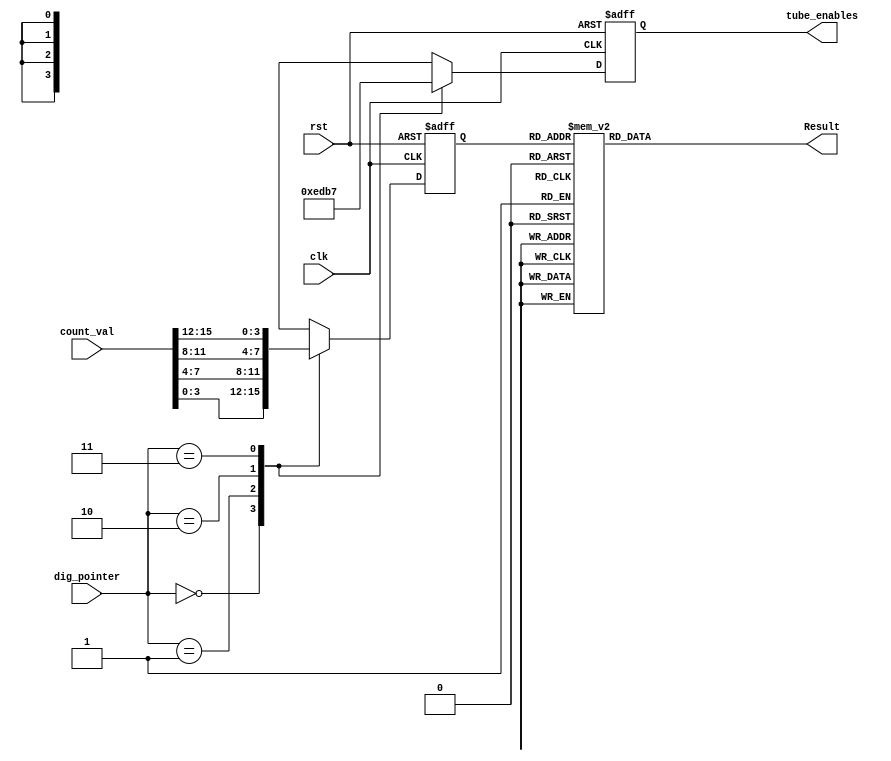
module seg_disp (
    output    reg    [7:0]   Result,
    output    reg    [3:0]   tube_enables,
    input     wire   [15:0]  count_val,
    input     wire   [1:0]   dig_pointer,
    input     wire           clk,
    input     wire           rst
);

reg    [3:0]   sel_count_val;

always @(posedge clk or negedge rst)
    begin
        if (!rst)
            begin
                sel_count_val <= 4'b0;
                tube_enables  <= 4'b1110;
            end
        else 
            begin
                case (dig_pointer)
                    2'b00   :  begin
                                tube_enables <= 4'b1110;
                                sel_count_val   <= count_val[3:0];               
                            end
                    2'b01   :  begin
                                tube_enables <= 4'b1101;
                                sel_count_val            <= count_val[7:4];               
                            end
                    2'b10   :  begin
                                tube_enables <= 4'b1011;
                                sel_count_val            <= count_val[11:8];               
                            end
                    2'b11   :  begin
                                tube_enables <= 4'b0111;
                                sel_count_val            <= count_val[15:12];               
                            end
                    default :  begin
                                tube_enables <= 4'b1110;
                                sel_count_val            <= count_val[3:0];               
                            end
                endcase
            end
    end

always @(*)
    begin
        case (sel_count_val)
            4'b0000    :   begin
                            Result = 8'b10000001;
                        end
            4'b0001    :   begin
                            Result = 8'b11001111;
                        end
            4'b0010    :   begin
                            Result = 8'b10010010;
                        end
            4'b0011    :   begin
                            Result = 8'b10000110;
                        end
            4'b0100    :   begin
                            Result = 8'b11001100;
                        end
            4'b0101    :   begin
                            Result = 8'b10100100;
                        end
            4'b0110    :   begin
                            Result = 8'b10000010;
                        end
            4'b0111    :   begin
                            Result = 8'b10001111;
                        end
            4'b1000    :   begin
                            Result = 8'b10000000;
                        end
            4'b1001    :   begin
                            Result = 8'b10000100;
                        end
            4'b1010    :   begin
                            Result = 8'b10001000;
                        end
            4'b1011    :   begin
                            Result = 8'b11100000;
                        end
            4'b1100    :   begin
                            Result = 8'b10110001;
                        end
            4'b1101    :   begin
                            Result = 8'b11000010;
                        end
            4'b1110    :   begin
                            Result = 8'b10110000;
                        end
            4'b1111    :   begin
                            Result = 8'b10111000;
                        end  
            default    :   begin
                            Result = 8'b10000001;
                        end 
        endcase                   
    end
endmodule